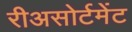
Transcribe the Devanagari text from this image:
रीअसोर्टमेंट